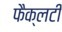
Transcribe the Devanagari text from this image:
फैक्‍लटी